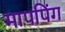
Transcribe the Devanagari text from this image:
मापपिंग